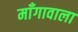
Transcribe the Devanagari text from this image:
माँगावाला